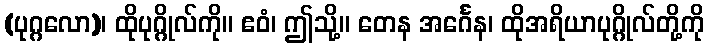
(ပုဂ္ဂလော)၊ ထိုပုဂ္ဂိုလ်ကို။ ဧဝံ၊ ဤသို့။ တေန အင်္ဂေန၊ ထိုအရိယာပုဂ္ဂိုလ်တို့ကို